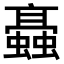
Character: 𧓚